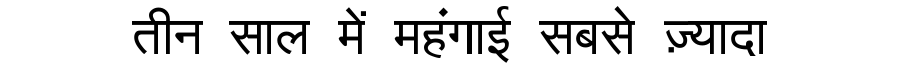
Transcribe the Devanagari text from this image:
तीन साल में महंगाई सबसे ज़्यादा